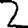
Digit: 2